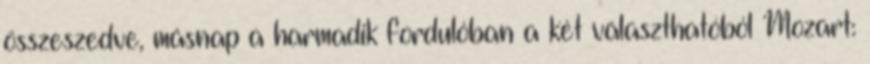
összeszedve, másnap a harmadik fordulóban a két választhatóból Mozart: